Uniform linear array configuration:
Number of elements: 48
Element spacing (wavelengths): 0.25
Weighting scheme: cosine
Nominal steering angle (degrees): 60
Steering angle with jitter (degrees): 59.997
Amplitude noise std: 0.05
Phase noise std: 0.05

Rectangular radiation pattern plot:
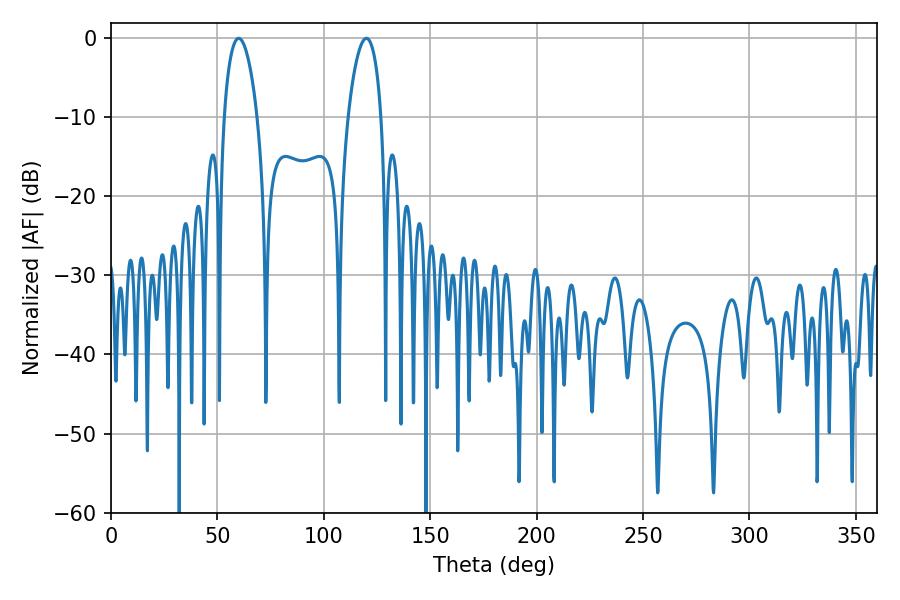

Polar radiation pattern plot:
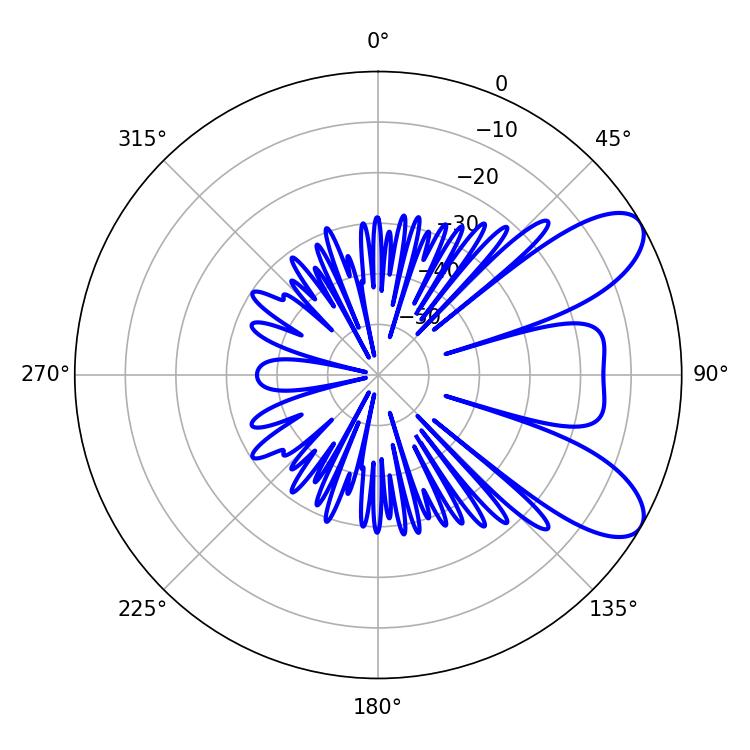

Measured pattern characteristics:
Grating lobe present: FALSE
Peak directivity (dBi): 8.256
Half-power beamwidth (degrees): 8.64
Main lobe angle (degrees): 59.94